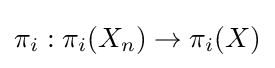
\pi _{i}:\pi _{i}(X_{n})\to \pi _{i}(X)